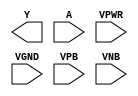
module sky130_fd_sc_ms__clkdlyinv5sd1 (
    Y   ,
    A   ,
    VPWR,
    VGND,
    VPB ,
    VNB
);

    output Y   ;
    input  A   ;
    input  VPWR;
    input  VGND;
    input  VPB ;
    input  VNB ;
endmodule